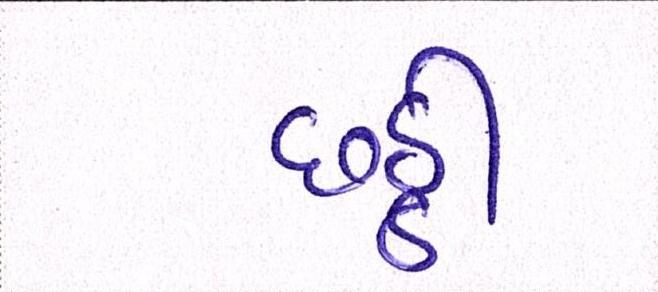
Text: છઠ્ઠી